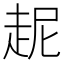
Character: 𲃋